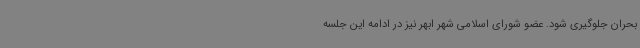
بحران جلوگیری شود. عضو شورای اسلامی شهر ابهر نیز در ادامه این جلسه